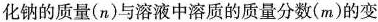
化钠的质量（n）与溶液中溶质的质量分数（m）的变